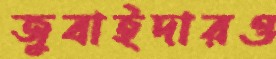
জুবাইদারও